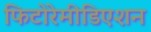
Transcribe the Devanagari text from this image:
फिटोरेमीडिएशन